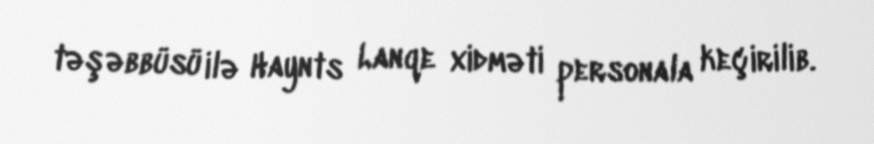
təşəbbüsü ilə Haynts Lanqe xidməti personala keçirilib.